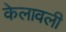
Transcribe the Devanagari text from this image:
केलावली